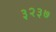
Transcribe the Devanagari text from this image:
३२३७